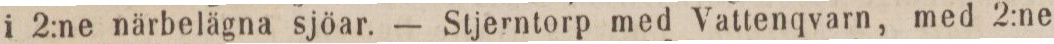
i 2:ne närbelägna sjöar. — Stjerntorp med Vattenqvarn, med 2:ne